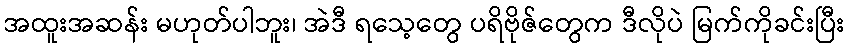
အထူးအဆန်း မဟုတ်ပါဘူး၊ အဲဒီ ရသေ့တွေ ပရိဗိုဇ်တွေက ဒီလိုပဲ မြက်ကိုခင်းပြီး